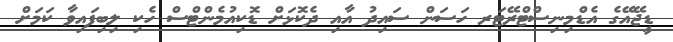
ޑީޖޭއޭގެ އެޑްމިނިސްޓްރޭޓަރ ހަސަން ސައިދު އާއި ދެކޮޅަށް ޑޮކިއުމެންޓްސް ހެކި ލިބިފައިވާ ކަމަށް